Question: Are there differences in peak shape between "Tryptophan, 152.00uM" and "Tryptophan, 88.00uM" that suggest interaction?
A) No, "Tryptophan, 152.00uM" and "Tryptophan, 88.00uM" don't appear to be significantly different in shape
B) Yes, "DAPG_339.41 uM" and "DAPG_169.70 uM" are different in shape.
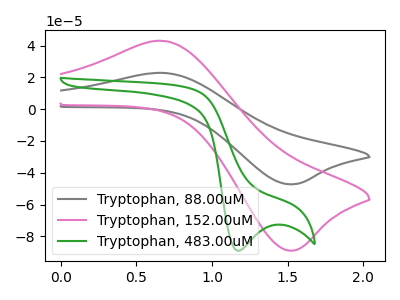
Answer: <think>The gray curve "Tryptophan, 88.00uM" has an anodic peak at (0.70V, 22.80uA) and a cathodic peak at (1.50V, -47.25uA). The pink curve "Tryptophan, 152.00uM" has an anodic peak at (0.70V, 42.90uA) and a cathodic peak at (1.50V, -88.95uA). The green curve "Tryptophan, 483.00uM" has a cathodic peak at: (1.15V, -89.05uA).
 All the peaks in "Tryptophan, 152.00uM" have a peak in "Tryptophan, 88.00uM" at the same potential. Every peak in "Tryptophan, 152.00uM" is higher than every peak in "Tryptophan, 88.00uM".</think>
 <answer>A) No, "Tryptophan, 152.00uM" and "Tryptophan, 88.00uM" don't appear to be significantly different in shape</answer>
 <eval>A</eval>